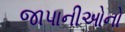
જાપાનીઓનો